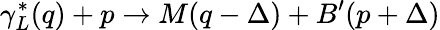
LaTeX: \gamma_{L}^{*}(q)+p\to M(q-\Delta)+B^{\prime}(p+\Delta)